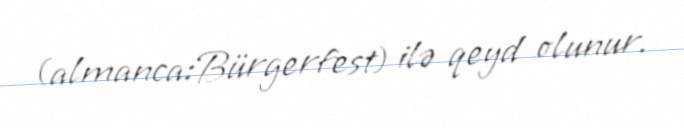
(almanca:Bürgerfest) ilə qeyd olunur.